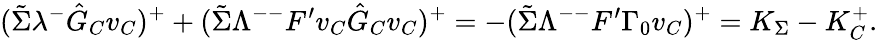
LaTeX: (\tilde{\Sigma}\lambda^{-}\hat{G}_{C}v_{C})^{+}+(\tilde{\Sigma}\Lambda^{--}F^{\prime}v_{C}\hat{G}_{C}v_{C})^{+}=-(\tilde{\Sigma}\Lambda^{--}F^{\prime}\Gamma_{0}v_{C})^{+}=K_{\Sigma}-K_{C}^{+}.